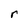
Character: r